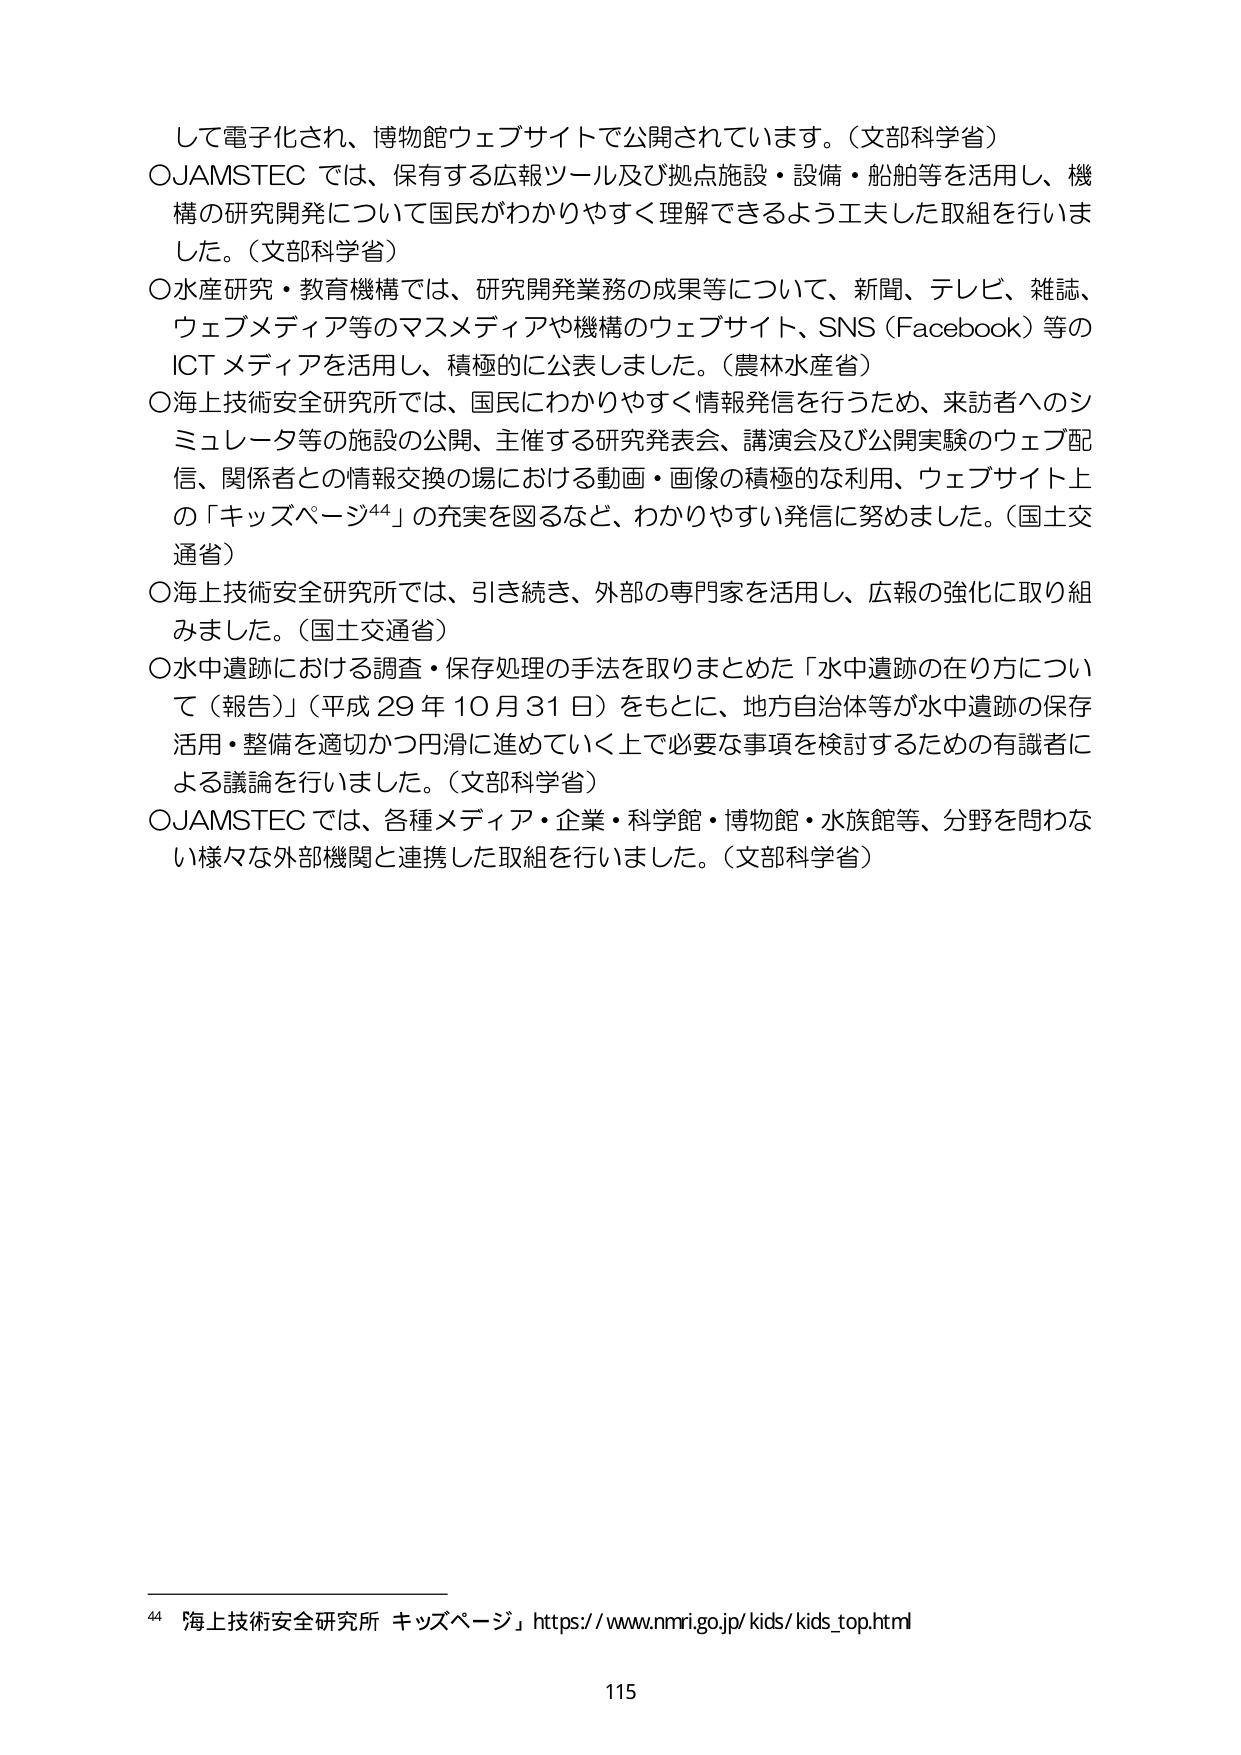
して電子化され、博物館ウェブサイトで公開されています。（文部科学省）
○JAMSTEC では、保有する広報ツール及び拠点施設・設備・船舶等を活用し、機構の研究開発について国民がわかりやすく理解できるよう工夫した取組を行いました。（文部科学省）
○水産研究・教育機構では、研究開発業務の成果等について、新聞、テレビ、雑誌、ウェブメディア等のマスメディアや機構のウェブサイト、SNS（Facebook）等のICT メディアを活用し、積極的に公表しました。（農林水産省）
○海上技術安全研究所では、国民にわかりやすく情報発信を行うため、来訪者へのシミュレータ等の施設の公開、主催する研究発表会、講演会及び公開実験のウェブ配信、関係者との情報交換の場における動画・画像の積極的な利用、ウェブサイト上の「キッズページ⁴⁴」の充実を図るなど、わかりやすい発信に努めました。（国土交通省）
○海上技術安全研究所では、引き続き、外部の専門家を活用し、広報の強化に取り組みました。（国土交通省）
○水中遺跡における調査・保存処理の手法を取りまとめた「水中遺跡の在り方について（報告）」（平成29年10月31日）をもとに、地方自治体等が水中遺跡の保存活用・整備を適切かつ円滑に進めていく上で必要な事項を検討するための有識者による議論を行いました。（文部科学省）
○JAMSTEC では、各種メディア・企業・科学館・博物館・水族館等、分野を問わない様々な外部機関と連携した取組を行いました。（文部科学省）

⁴⁴ 海上技術安全研究所 キッズページ https://www.nmri.go.jp/kids/kids_top.html
115